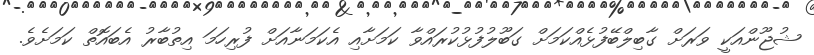
ޝުޖޫންއަކީ ވަރަށް ގާބިލްބޭފުޅެއްކަމަށް ގަބޫލުފުޅުކުރައްވާ ކަމަށާއި އެކަމަނާއަށް ފުރިހަމަ އިތުބާރު އެބައޮތް ކަމަށެވެ.